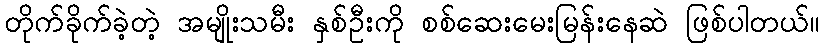
တိုက်ခိုက်ခဲ့တဲ့ အမျိုးသမီး နှစ်ဦးကို စစ်ဆေးမေးမြန်းနေဆဲ ဖြစ်ပါတယ်။